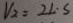
V _ { 2 } = 2 1 \cdots